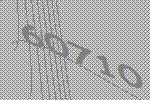
60710